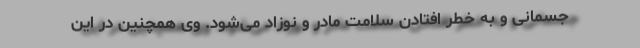
جسمانی و به خطر افتادن سلامت مادر و نوزاد می‌شود. وی همچنین در این